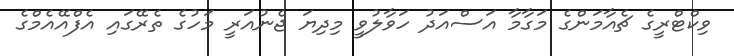
ވިކްޓްރީގެ ޗެއާމަންގެ މަގާމާ އަސްއަދު ހަވާލުވީ މިދިޔަ ޖެނުއަރީ މަހުގެ ތެރޭގައި އެފްއޭއެމްގެ